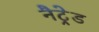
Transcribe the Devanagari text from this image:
नैट्रेड